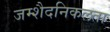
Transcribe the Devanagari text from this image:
जम्‍शैदनिकलता